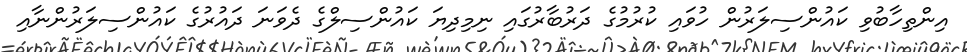
އިންތިހާބުވި ކައުންސިލަރުން ހުވައި ކުރުމުގެ ދަރުބާރުގައި ނިމިދިޔަ ކައުންސިލްގެ ދެވަނަ ދައުރުގެ ކައުންސިލަރުންނާއި